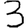
Digit: 3